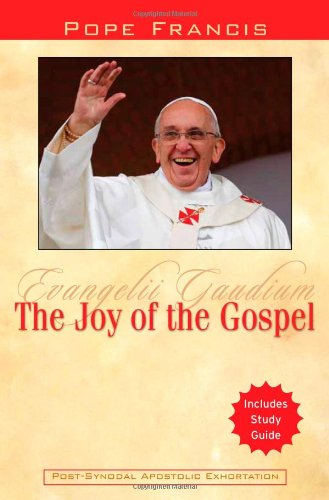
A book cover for The Joy of the Gospel: Evangelii Gaudium; Pope Francis; Christian Books & Bibles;